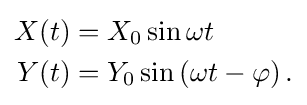
{\begin{aligned}X(t)&=X_{0}\sin \omega t\\Y(t)&=Y_{0}\sin \left(\omega t-\varphi \right).\end{aligned}}